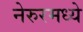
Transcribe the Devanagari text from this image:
नेरुरमध्ये